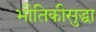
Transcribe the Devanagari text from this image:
भौतिकीसुद्धा